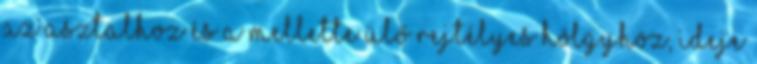
az asztalhoz és a mellette ülő rejtélyes hölgyhöz, ideje